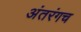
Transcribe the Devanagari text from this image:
अंतरंगच